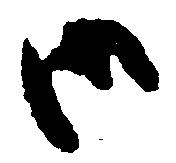
御